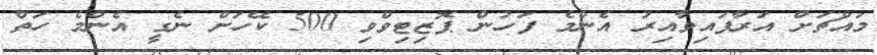
މައްޗަށް އަރާފައިވާއިރު އެންމެ ފަހުން ޕޮޒިޓިވްވި 500 ކޭހަށް ނެގީ އެންމެ ހަތް